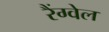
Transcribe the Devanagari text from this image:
रैंग्वेल